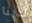
لدينا